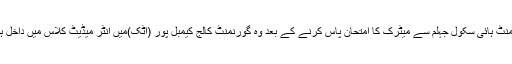
گورنمنٹ ہائی سکول جہلم سے میٹرک کا امتحان پاس کرنے کے بعد وہ گورنمنٹ کالج کیمبل پور (اٹک)میں انٹر میڈیٹ کلاس میں داخل ہوئے۔